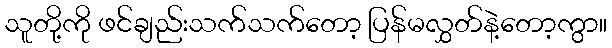
သူတို့ကို ဖင်ချည်းသက်သက်တော့ ပြန်မလွှတ်နဲ့တော့ကွာ။